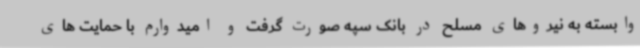
وابسته به نیروهای مسلح در بانک سپه صورت گرفت و امیدوارم با حمایت های